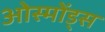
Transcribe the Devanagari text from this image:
ओस्मोंड्स